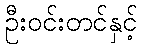
ဦးဝင်းတင်နှင့်